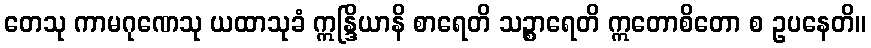
တေသု ကာမဂုဏေသု ယထာသုခံ ဣန္ဒြိယာနိ စာရေတိ သဉ္စာရေတိ ဣတောစိတော စ ဥပနေတိ။